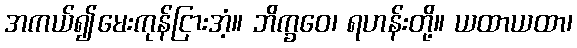
အကယ်၍မေးကုန်ငြားအံ့။ ဘိက္ခဝေ၊ ရဟန်းတို့။ ယထာယထာ၊